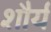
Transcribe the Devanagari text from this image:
शौर्यं